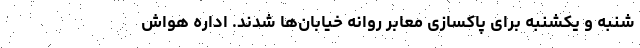
شنبه و یکشنبه برای پاکسازی معابر روانه خیابان‌ها شدند. اداره هواش